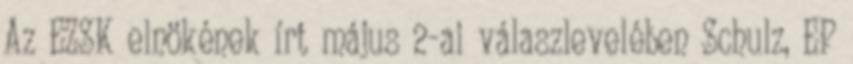
Az EZSK elnökének írt május 2-ai válaszlevelében Schulz, EP